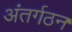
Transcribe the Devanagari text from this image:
अंतर्गठन